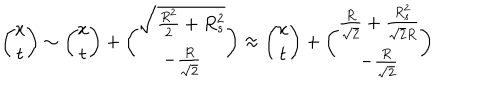
{ \binom { x } { t } } \sim { \binom { x } { t } } + { \binom { \sqrt { { \frac { R ^ { 2 } } { 2 } } + R _ { s } ^ { 2 } } } { - { \frac { R } { \sqrt { 2 } } } } } \approx { \binom { x } { t } } + { \binom { { \frac { R } { \sqrt { 2 } } } + { \frac { R _ { s } ^ { 2 } } { \sqrt { 2 } R } } } { - { \frac { R } { \sqrt { 2 } } } } }